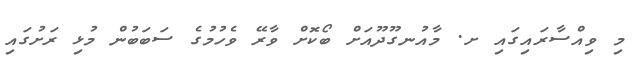
މި ވިއްސާރައިގައި ށ. މާއުނގޫދޫއަށް ބޯކޮށް ވާރޭ ވެހުމުގެ ސަބަބުން މުޅި ރަށުގައި